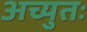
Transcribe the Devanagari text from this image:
अच्युतः